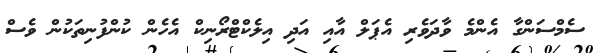
ސެމްސަންގާ އެންމެ ވާދަވެރި އެޕަލް އާއި އަދި އިލެކްޓްރޯނިކް އެހެން ކުންފުނިތަކުން ވެސް